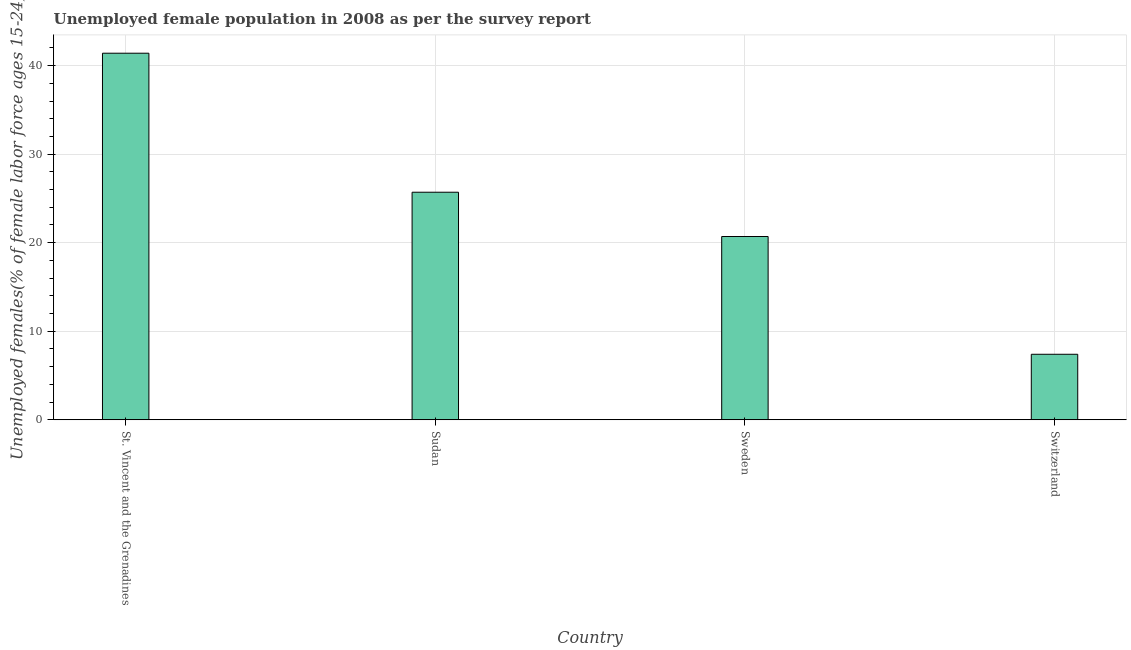
| Country | Unemployment youth female |
 | --- | --- |
 | St. Vincent and the Grenadines | 41.4 |
 | Sudan | 25.7 |
 | Sweden | 20.7 |
 | Switzerland | 7.4 |